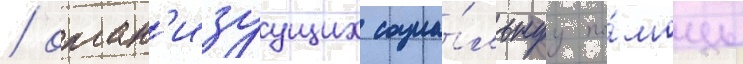
/ орган'изуущих социа́льнуу по́мощь